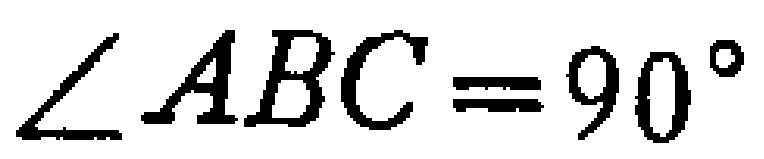
$\angle ABC=90^{\circ}$